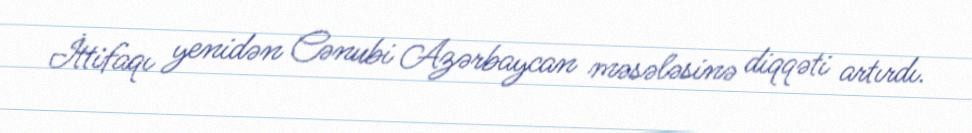
İttifaqı yenidən Cənubi Azərbaycan məsələsinə diqqəti artırdı.